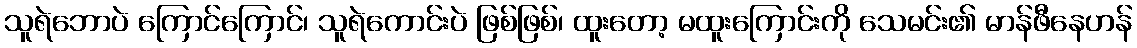
သူရဲဘောပဲ ကြောင်ကြောင်၊ သူရဲကောင်းပဲ ဖြစ်ဖြစ်၊ ထူးတော့ မထူးကြောင်းကို သေမင်း၏ မာန်ဖီနေဟန်